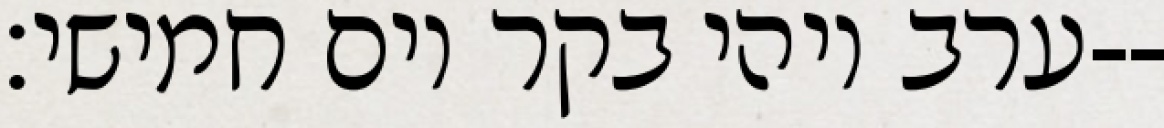
ערב ויהי בקר יום חמישי׃--